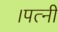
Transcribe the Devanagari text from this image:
।पत्नी